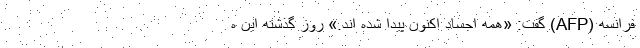
فرانسه (AFP) گفت: «همه اجساد اکنون پیدا شده اند.» روز گذشته این ه